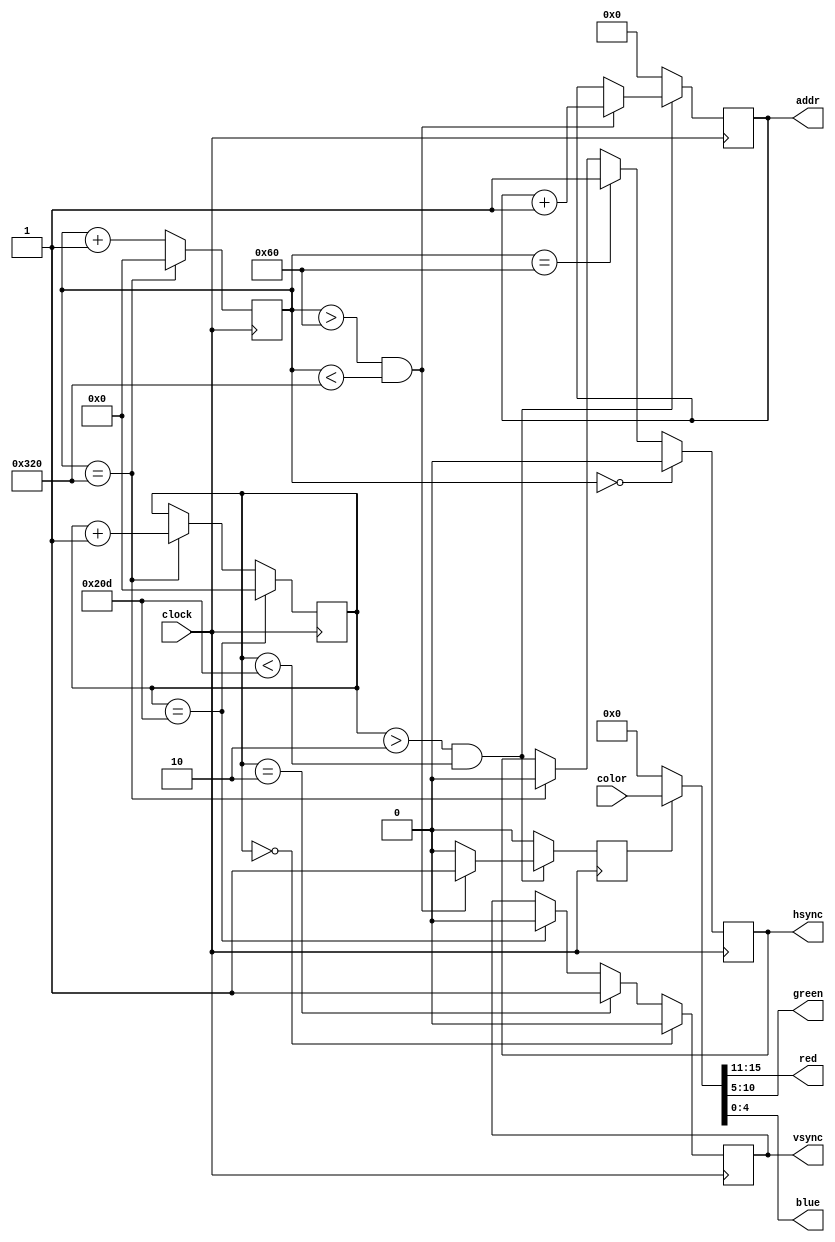
`ifndef _vgadisplay_h_
`define _vgadisplay_h_

`timescale 1ns / 1ps
//////////////////////////////////////////////////////////////////////////////////
// Company: 
// Engineer: 
// 
// Design Name: 
// Module Name:    vgadisplay 
// Project Name: 
// Target Devices: 
// Tool versions: 
// Description: 
//
// Dependencies: 
//
// Revision: 
// Revision 0.01 - File Created
// Additional Comments: 
//
//////////////////////////////////////////////////////////////////////////////////
module vgadisplay #(parameter 
	H_SYNC_A = 96, 
	H_BACK_PORCH_B = 48, 
	H_ACTIVE_VIDEO_TIME_C = 640,
	H_FRONT_PORCH_D = 16,
	V_SYNC_O = 2,
	V_BACK_PORCH_P = 33,
	V_ACTIVE_VIDEO_TIME_Q = 480, 
	V_FRONT_PORCH_R = 10,
	VM_ADDR_BITS = 23
	)
(
    input [15:0] color,
    input clock,
    output reg hsync,
    output reg vsync,
    output [4:0] red,
    output [5:0] green,
    output [4:0] blue,
	 output reg [VM_ADDR_BITS:0] addr
    );
	
	localparam H_LAST_POS = H_SYNC_A + H_BACK_PORCH_B + H_ACTIVE_VIDEO_TIME_C + H_FRONT_PORCH_D;
	localparam V_LAST_POS = V_SYNC_O + V_BACK_PORCH_P + V_ACTIVE_VIDEO_TIME_Q + V_FRONT_PORCH_R;
	
	reg [9:0] hcount, vcount;
	reg is_show;
	
	always @(posedge clock) begin
		if (hcount == H_LAST_POS) begin
			hcount <= 0;
		end else begin
			hcount <= hcount + 1;
		end
		
		if (vcount == V_LAST_POS) begin
			vcount <= 0;
		end else if (hcount == H_LAST_POS) begin 
			vcount <= vcount + 1;
		end
		
		if (hcount == 0) hsync <= 0;
		else if (hcount == H_SYNC_A) hsync <=1;
		else if (hcount == H_LAST_POS) hsync <= 0;
		
		if (vcount == 0) vsync <= 0;
		else if (vcount == V_SYNC_O) vsync <= 1;
		else if (vcount == V_LAST_POS) vsync <= 0;
		
		if (vcount > V_SYNC_O && vcount < V_LAST_POS) begin
			if (hcount > H_SYNC_A && hcount < H_LAST_POS) begin
				is_show <= 1;
				addr <= addr + 1;
			end else begin
				is_show <= 0;
			end
		end else begin
			addr <= 0;
			is_show <= 0;
		end
	end
	
	assign {red, green, blue} = is_show == 1 ? color[15:0] : 16'b0; 

endmodule

`endif